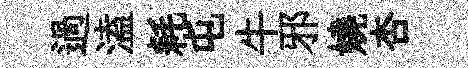
過溘耗屯牛邪嬈杏